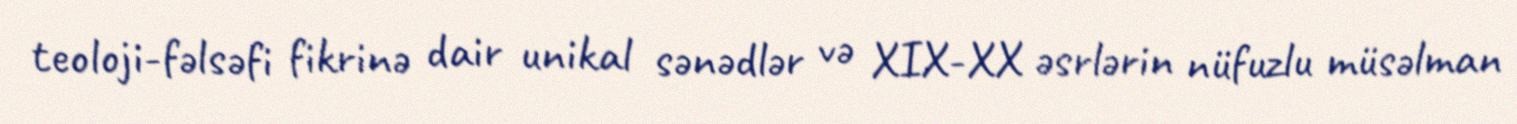
teoloji-fəlsəfi fikrinə dair unikal sənədlər və XIX-XX əsrlərin nüfuzlu müsəlman